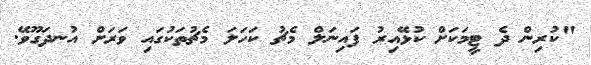
"ކުރިން ދެ ޓީމަކަށް ކުޅޭއިރު ފައިނަލް މެޗު ކަހަލަ މެޗުތަކުގައި ވަރަށް އުނދަގޫވޭ.